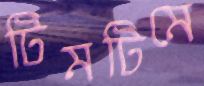
টিমটিমে